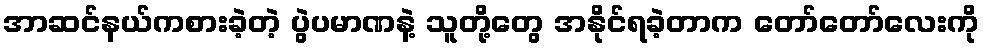
အာဆင်နယ်ကစားခဲ့တဲ့ ပွဲပမာဏနဲ့ သူတို့တွေ အနိုင်ရခဲ့တာက တော်တော်လေးကို